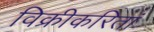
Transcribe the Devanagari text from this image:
विक्रीकरितां